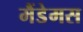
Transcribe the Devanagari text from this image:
मैंडेमस